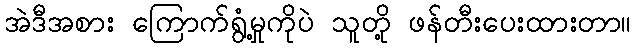
အဲဒီအစား ကြောက်ရွံ့မှုကိုပဲ သူတို့ ဖန်တီးပေးထားတာ။